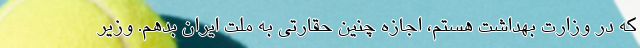
که در وزارت بهداشت هستم، اجازه چنین حقارتی به ملت ایران بدهم. وزیر